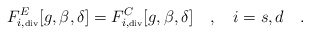
\begin{align*}F^E_{i,\tiny\mbox{div}}[g,\beta,\delta]=F^C_{i,\tiny\mbox{div}}[g,\beta,\delta]~~~,~~~i=s,d~~~.\end{align*}